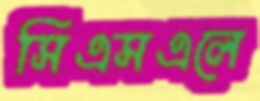
সিএসএলে